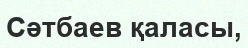
Сәтбаев қаласы,